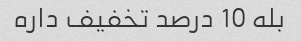
بله 10 درصد تخفیف داره